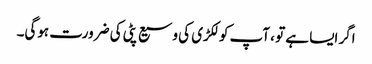
اگر ایسا ہے تو ، آپ کو لکڑی کی وسیع پٹی کی ضرورت ہوگی۔